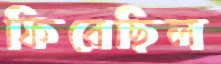
ফিরেছিল